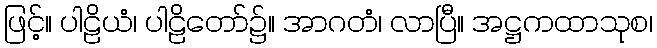
ဖြင့်။ ပါဠိယံ၊ ပါဠိတော်၌။ အာဂတံ၊ လာပြီ။ အဋ္ဌကထာသုစ၊